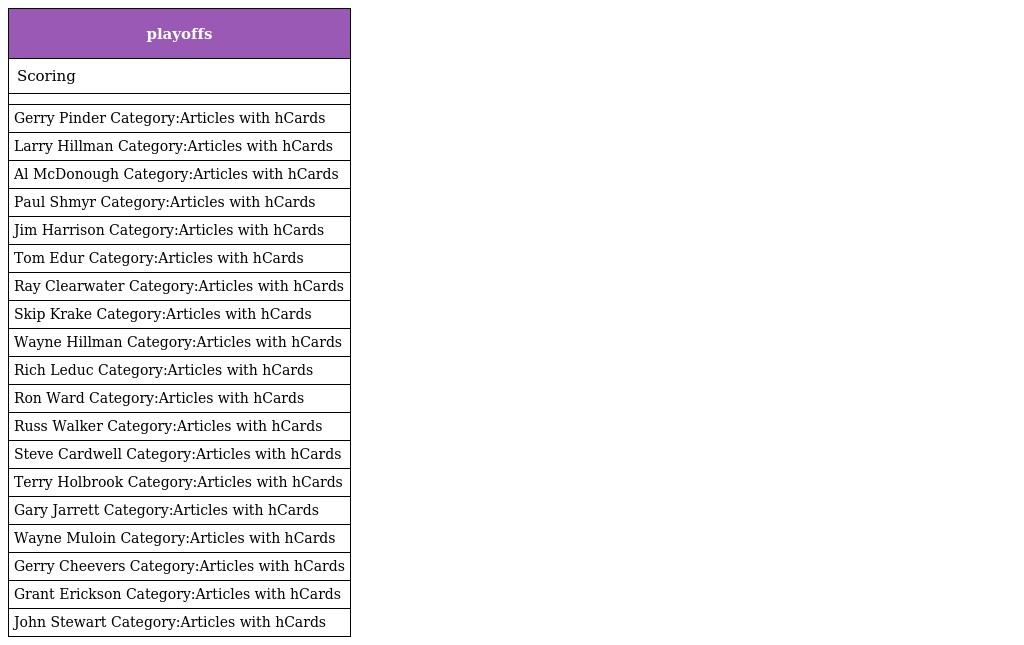
| playoffs |
 | --- |
 | Scoring |
 |  |
 | Gerry Pinder Category:Articles with hCards |
 | Larry Hillman Category:Articles with hCards |
 | Al McDonough Category:Articles with hCards |
 | Paul Shmyr Category:Articles with hCards |
 | Jim Harrison Category:Articles with hCards |
 | Tom Edur Category:Articles with hCards |
 | Ray Clearwater Category:Articles with hCards |
 | Skip Krake Category:Articles with hCards |
 | Wayne Hillman Category:Articles with hCards |
 | Rich Leduc Category:Articles with hCards |
 | Ron Ward Category:Articles with hCards |
 | Russ Walker Category:Articles with hCards |
 | Steve Cardwell Category:Articles with hCards |
 | Terry Holbrook Category:Articles with hCards |
 | Gary Jarrett Category:Articles with hCards |
 | Wayne Muloin Category:Articles with hCards |
 | Gerry Cheevers Category:Articles with hCards |
 | Grant Erickson Category:Articles with hCards |
 | John Stewart Category:Articles with hCards |